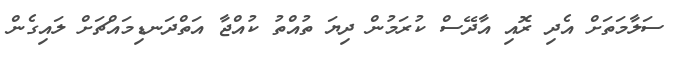
ސަލާމަތަށް އެދި ރޮއި އާދޭސް ކުރަމުން ދިޔަ ތުއްތު ކުއްޖާ އަތްދަނޑިމައްޗަށް ލައިގެން